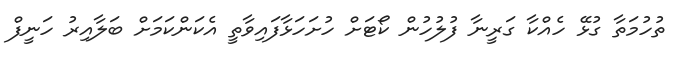
ތުހުމަތާ ގުޅޭ ހެއްކާ ގަރީނާ ފުލުހުން ކޯޓަށް ހުށަހަޅާފައިވާތީ އެކަންކަމަށް ބަލާއިރު ހަނީފް